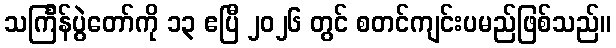
သင်္ကြန်ပွဲတော်ကို ၁၃ ဧပြီ ၂၀၂၆ တွင် စတင်ကျင်းပမည်ဖြစ်သည်။